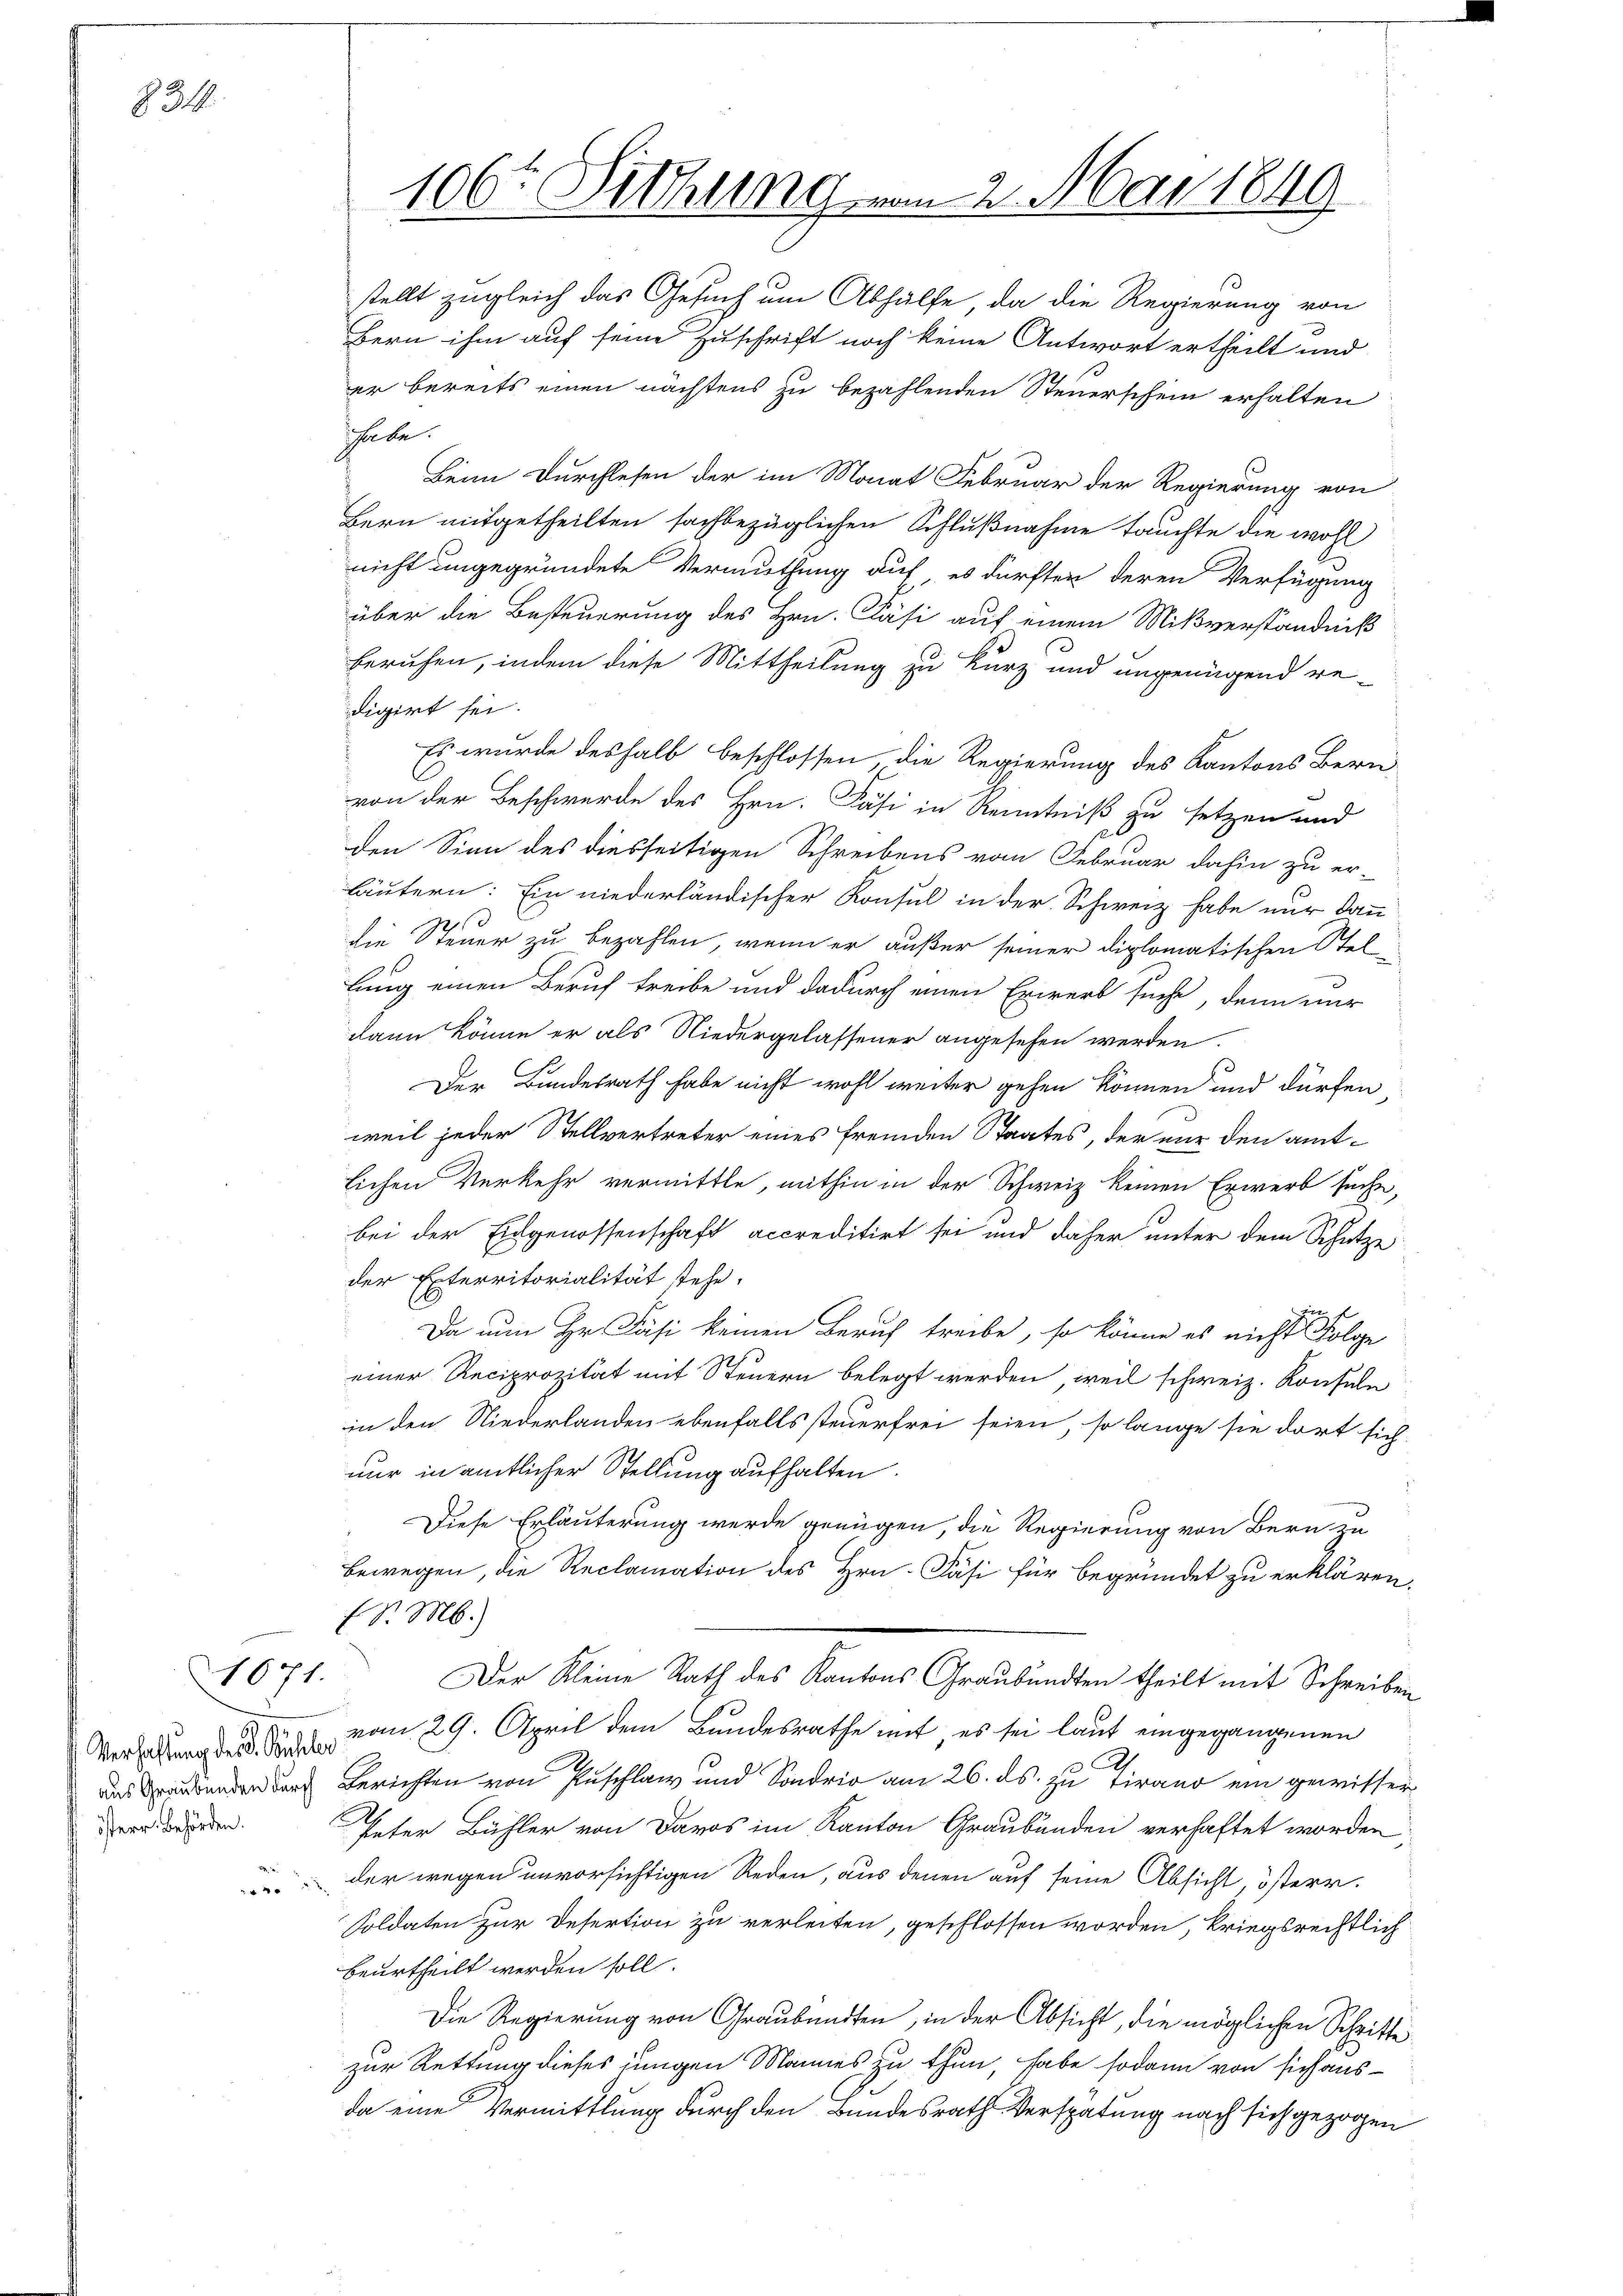
834

1071.

österr. Behörden.
r

106te Sittung vom 2. Mai 1849

Bern ihm auf seine Zuschrift noch keine Antwort ertheilt und
er bereits einen nächstens zu bezahlenden Steuerschein erhalten
ihebe.
Beim Durchlesen der im Monat Februar der Regierung von
Bern mitgetheilten sachbezüglichen Schlußnahme tauchte die wohl
nicht ungegründete Vermuthung auf, es dürften deren Verfügung
über die Besteuerung des Hrn. Fäsi auf einem Mißverständniß
beruhen, indem diese Mittheilung zu kurz und ungenügend re-
digirt sei.
Es wurde deshalb beschlossen die Regierung des Kantons Bern-
von der Beschwerde des Hrn. Fäsi in Kenntniß zu setzen und
den Sinn des diesseitigen Schreibens vom Februar dahin zu er-
läutern: Ein niederländischer Konsul in der Schweiz habe mir dann
die Steuer zu bezahlen, wenn er außer seiner diplomatischen Stel
lung einen Beruf treibe und dadurch einen Erwerb suche, denn nur
dann könne er als Niedergelassener angesehen werden.
Der Bundesrath habe nicht wohl weiter gehen können und dürfen
weil jeder Stellvertreter eines fremden Staates, der nur den amtlichen Verkehr vermittle, mithin in der Schweiz keinen Erwerb suche,
bei der Eidgenossenschaft accreditirt sei und daher unter dem Schutze
der Exterritorialität stehe.
in s
Da nun Hr. Fäsi keinen Beruf treibe, so könne es nicht Folge
einer Reciprozität mit Steuern belegt werden, weil schweiz. Konsule
in den Niederlanden ebenfalls steuerfrei seien, so lange sie dort sich
nur in amtlicher Stellung aufhalten.
Diese Erläuterung werde genügen, die Regierung von Bern zu
bewegen, die Reclamation des Hrn. Fäsi für begründet zu erklären.
Ed. M.)
Der Kleine Rath des Kantons Graubünden theilt mit Schreiben
Verfahrung des vom 29. April dem Bundesrathe mit, es sei laut eingegangenen
2.
s anden durch Berichten von Ruschlag und Sondrio am 26. ds. zu tirano ein gewisser
Peter Bühler von Davos im Kanton Graubünden verhaftet worden
der wegen unvorsichtigen Reden, aus denen auf seine Absicht, österr.
Soldaten zur Desertion zu verleiten, geschlossen worden, kriegsrechtlich
beurtheilt werden soll.
Die Regierung von Graubünden, in der Absicht, die möglichen Schritte
zur Rettung dieses jungen Mannes zu thun, habe sodann von sich ausda eine Vermittlung durch den Bundesrath Verspätung nach sich gezogen

stellt zugleich das Gesuch um Abhülfe, da die Regierung von